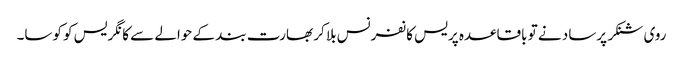
روی شنکر پرساد نے تو باقاعدہ پریس کانفرنس بلا کر بھارت بند کے حوالے سے کانگریس کو کوسا۔